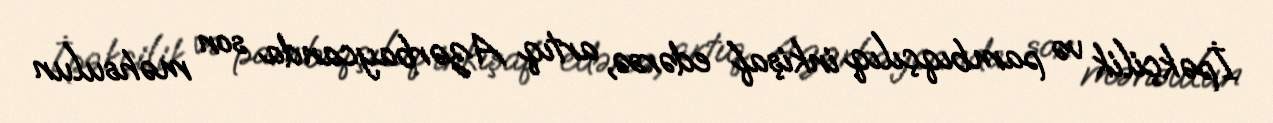
İpəkçilik və pambıqçılıq inkişaf edərsə, artıq Azərbaycanda son məhsulun